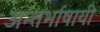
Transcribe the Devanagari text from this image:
अन्तर्भाषायी